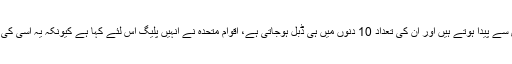
بارش کے موسم میں یہ تیزی سے پیدا ہوتے ہیں اور ان کی تعداد 10 دنوں میں ہی ڈبل ہوجاتی ہے، اقوام متحدہ نے انہیں پلیگ اس لئے کہا ہے کیونکہ یہ اسی کی طرح بڑھتی ہیں اور پھر ُآس۔